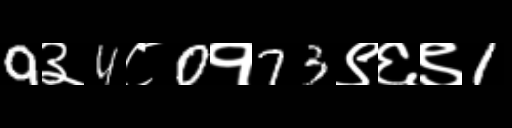
Text: 9३4८0१73९६९1